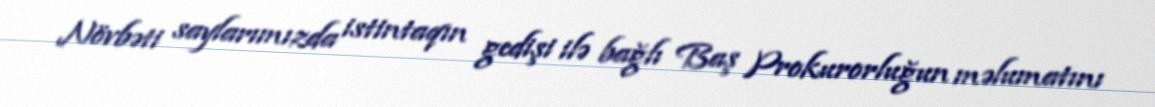
Növbəti saylarımızda istintaqın gedişi ilə bağlı Baş Prokurorluğun məlumatını